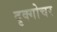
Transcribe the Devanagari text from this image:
दृक्गोचर